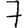
Digit: 7